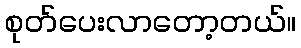
စုတ်ပေးလာတော့တယ်။